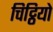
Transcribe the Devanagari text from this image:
चिट्ठियो